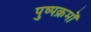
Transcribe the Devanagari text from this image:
पुष्पक्रमों